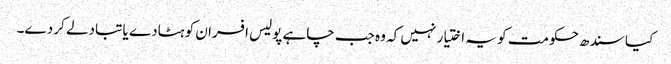
کیا سندھ حکومت کو یہ اختیار نہیں کہ وہ جب چاہے پولیس افسران کو ہٹادے یا تبادلے کر دے۔